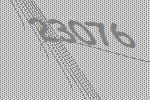
23076